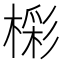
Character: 𣙓